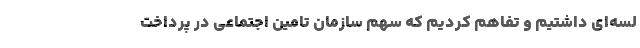
لسه‌ای داشتیم و تفاهم کردیم که سهم سازمان تامین اجتماعی در پرداخت